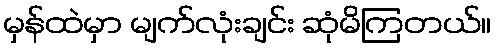
မှန်ထဲမှာ မျက်လုံးချင်း ဆုံမိကြတယ်။